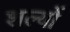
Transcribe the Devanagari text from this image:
शल्यों